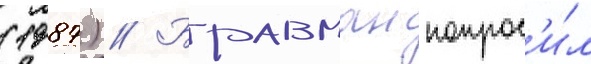
(1987) // Бравман попрос'и́л